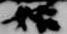
始